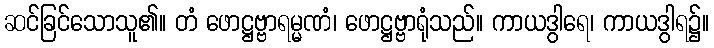
ဆင်ခြင်သောသူ၏။ တံ ဖောဋ္ဌဗ္ဗာရမ္မဏံ၊ ဖောဋ္ဌဗ္ဗာရုံသည်။ ကာယဒွါရေ၊ ကာယဒွါရ၌။